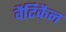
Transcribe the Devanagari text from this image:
वैटिकैन